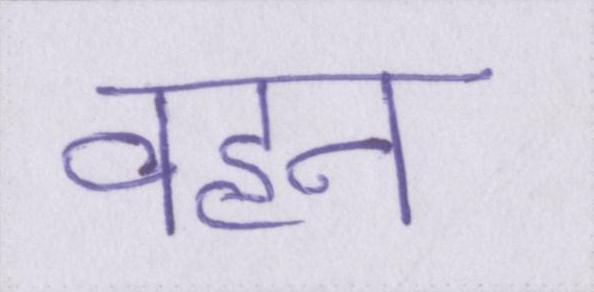
वहन